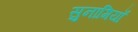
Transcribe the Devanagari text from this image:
सुनामियाँ